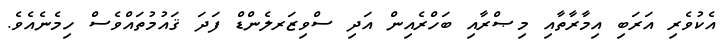
އެކުވެރި އަރަބި އިމާރާތާއި މިޞްރާއި ބަހްރެއިން އަދި ސްވިޒަރލެންޑް ފަދަ ޤައުމުތައްވެސް ހިމެނެއެވެ.